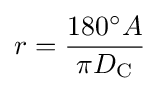
r={\frac {180^{\circ }A}{\pi D_{\text{C}}}}